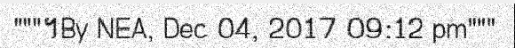
"""។By NEA, Dec 04, 2017 09:12 pm"""